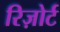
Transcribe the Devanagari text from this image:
रिज़ोर्ट